Report on vaccination in the Province of Bengal - 1869-1873
Year: 1869
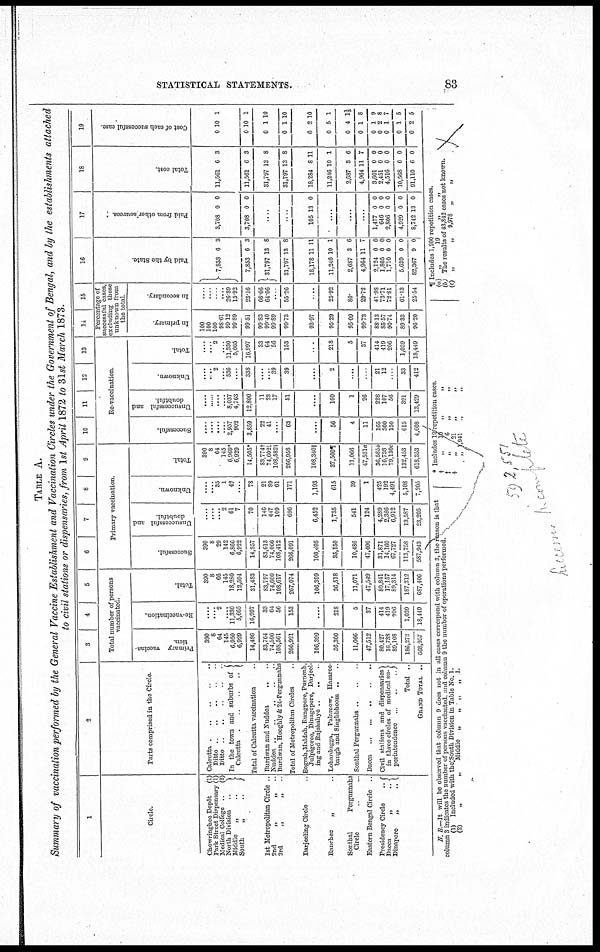
STATISTICAL STATEMENTS.
83
TABLE A.
Summary of vaccination performed by the General Vaccine Establishment and Vaccination Circles under the Government of Bengal, and by the establishments attached
to civil stations or dispensaries, from 1st April 1872 to 31st March 1873.
1
Circle.
Chowringhee Depôt
(1)
Park Street Dispensary (1)
Medical College ..
(2)
North Division ..
Middle
„
..
South
„
..
1st Metropolitan Circle ..
2nd
„
„
..
3rd
„
„ ..
Darjeeling Circle ..
Ranchee
„ ..
Sonthal
Pergunnahs
Circle ..
Eastern Bengal Circle ..
Presidency Circle ..
Dacca
„
..
Dinapore
„
..
2
Parts comprised in the Circle.
Calcutta .. .. .. .. ..
Ditto .. .. .. .. ..
Ditto .. .. .. .. ..
In the town and suburbs of
Calcutta .. .. .. ..
Total of Calcutta vaccination ..
Burdwan and Nuddea .. ..
Nuddea
..
..
..
..
..
Burdwan, Hooghly & 24-Porgunnahs
Total of Metropolitan Circles ..
Bograh,Maldah, Rungpore, Purneah,
Julprgoree, Dinagepore, Darjeel-
ing and Rajshahye .. .. ..
Lohardugga, Palamow, Hazaree-
baugh and Singhbhoom .. ..
Sonthal Pergunnahs .. ..
Dacca .. .. .. .. ..
Civil stations and dispensaries ..
in three circles of medical su-
perintendence
..
..
..
Total ..
GRAND TOTAL ..
3
4
5
Total number of persons
vaccinated.
Primary vaccina-
tion
390
8
64
145
6,950
6,929
14,486
83,764
74,596
108,561
266,921
106,399
36,300
11,066
47,512
80,427
16,738
89,108
186,273
668,957
Re-vaccination.
....
.... 2
....
11,330
5,665
16,997
33
64
56
153
....
218
5
37
414
419
206
1,039
18,449
Total.
390
8
66
145
18,280
12,594
31,483
83,797
74,660
108,617
267,074
106,399
36,518
11,071
47,549
80,841
17,157
89,314
187,312
687,406
6
7
8
9
Primary vaccination.
Successful.
390
8
29
142
6,866
6,922
14,357
83,613
74,066
108,412
266,091
100,695
35,150
10,486
47,406
31,871
14,160
67,727
113,758
587,943
Unsuccessful and
doubtful.
....
....
.... 2
61
7
70
140
447
109
696
6,452
1,735
541
124
4,289
2,386
6,912
13,587
23,205
Unknown.
....
.... 35
1
42
....
78
21
89
61
171
1,193
615
39
1
425
192
4,491
5,108
7,205
Total.
390
8
64
145
6,969*
6,929
14,505*
83,774†
74,602‡
108,582§
266,958
108,340||
37,500¶
11,066
47,531a
36,585b
16,738
79,130c
132,453
618,353
10
11
12
13
Re-vaccination
Successful.
....
....
....
....
2,957
902
3,859
22
41
....
63
....
56
4
11
165
300
150
615
4,608
Unsuccessful and
doubtful
....
....
....
....
8,037
4,763
12,800
11
23
17
51
....
160
1
26
228
107
56
391
13,429
Unknown.
....
....
2
.... 336
....
338
....
.... 39
39
....
2
....
....
21
12
....
33
412
Total
....
.... 2
...
11,330
5,665
16,997
33
64
56
153
....
218
5
37
414
419
206
1,039
18,449
14
15
Percentage of
successful cases
excluding those
unknown from
the total
In primary.
100
100
100
98.61
99.12
99.89
99.51
99.83
99.40
99.89
99.73
93.97
95.29
95.09
99.73
88.13
85.57
90.74
89.33
96.20
In secondary.
....
....
....
....
26.89
15.92
23.16
66.66
64.06
...
55.26
..
25.92
80.
29.72
41.98
73.71
72.81
61.13
25.54
16
Paid by the State
7,853
7,853
31,797
31,797
18,178
11,246
2,687
4,964
2,124
1,805
1,710
5,639
82,367
6
6
13
13
11
10
3
11
0
0
0
0
9
3
3
8
8
11
1
6
7
0
0
0
0
0
17
Paid from other sources.
3,708
3,708
0
0
0
0
....
....
105 13 0
....
....
....
1,477
646
2,806
4,929
8,742 1
0
0
0
0
3
0
0
0
0
0
18
Total cost.
11,561
11,561
31,797
31,797
18,284
11,246
2,687
4,964
3,601
2,451
4,516
10,568
91,110
6
6
13
13
8
10
3
11
0
0
0
0
6
3
3
8
8
11
1
6
7
0
0
0
0
0
19
Cost of each successful case.
0
0
0
0
0
0
0
0
0
0
0
0
0
10
10
1
1
2
5
4
1
1
2
1
1
2
1
1
10
10
10
1
1 1/5
8
9
8
7
5
5
N B— It will be observed that column 9 does not in all cases coriespond with column 3, the reason is that
column 3 indicates the number of persons vaccinated, and column 9 the number of operations performed.
(1) Included with the South Division in Table No. 1.
(2)
„
„
Middle „ „ „ „ 1.
* Includes 19 repetition cases
†
„
10 „
„
†
„
6
„
„
§
„
21 „
„ 941 „ „
¶ Includes 1,200 repetition cases.
(a) „
19
„
„
(b) The results of 43,842 cases not known.
(c) „
„ 9,978 „
„